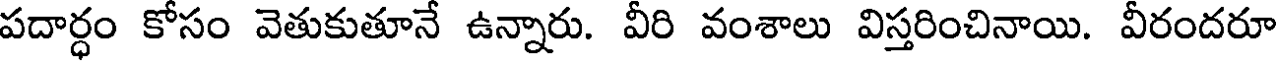
పదార్ధం కోసం వెతుకుతూనే ఉన్నారు. వీరి వంశాలు విస్తరించినాయి. వీరందరూ